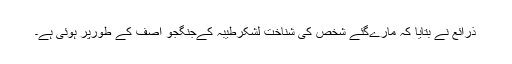
ذرائع نے بتایا کہ مارےگئے شخص کی شناخت لشکرطیبہ کےجنگجو آصف کے طورپر ہوئی ہے۔